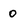
Character: 0